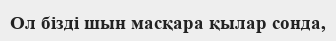
Ол бізді шын масқара қылар сонда,